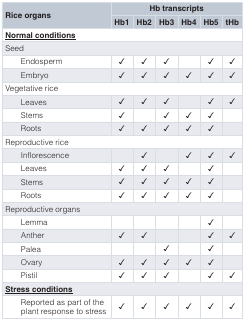
| <ROWSPAN=2> Rice organs | <COLSPAN=6> Hb transcripts |
 | Hb1 | Hb2 | Hb3 | Hb4 | Hb5 | tHb |
 | --- | --- | --- | --- | --- | --- | --- |
 | <COLSPAN=7> <underline>Normal conditions</underline> |
 | <COLSPAN=7> Seed |
 | Endosperm | ✓ | ✓ | ✓ |  | ✓ | ✓ |
 | Embryo | ✓ | ✓ | ✓ | ✓ | ✓ | ✓ |
 | <COLSPAN=7> Vegetative rice |
 | Leaves | ✓ | ✓ | ✓ |  | ✓ | ✓ |
 | Stems | ✓ |  | ✓ | ✓ | ✓ |  |
 | Roots | ✓ | ✓ | ✓ | ✓ | ✓ |  |
 | <COLSPAN=7> Reproductive rice |
 | Inflorescence |  | ✓ |  | ✓ | ✓ | ✓ |
 | Leaves | ✓ | ✓ | ✓ |  | ✓ |  |
 | Stems | ✓ | ✓ | ✓ | ✓ | ✓ |  |
 | Roots | ✓ | ✓ | ✓ | ✓ | ✓ |  |
 | <COLSPAN=7> Reproductive organs |
 | Lemma |  |  |  |  | ✓ |  |
 | Anther | ✓ | ✓ |  |  | ✓ | ✓ |
 | Palea |  |  | ✓ |  | ✓ |  |
 | Ovary | ✓ | ✓ | ✓ | ✓ | ✓ |  |
 | Pistil | ✓ | ✓ | ✓ |  | ✓ | ✓ |
 | <COLSPAN=7> <underline>Stress conditions</underline> |
 | Reported as part of theplant response to stress | ✓ | ✓ | ✓ | ✓ | ✓ | ✓ |